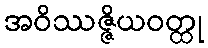
အဝိဿဇ္ဇိယဝတ္ထု